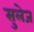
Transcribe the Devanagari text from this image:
सुलेज